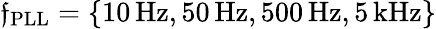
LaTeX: \mathfrak{f}_{\mathrm{{PLL}}}=\{ 10\, \mathrm{{Hz}},50\, \mathrm{{Hz}},500\, \mathrm{{Hz}},5\, \mathrm{{kHz}}\}